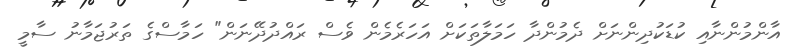
އާންމުންނާއި ކުޑަކުދިންނަށް ދެމުންދާ ހަމަލާތަކަށް އަހަރެމެން ވެސް ރައްދުދޭނަން" ހަމާސްގެ ތަރުޖަމާނު ސާމީ